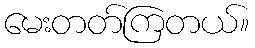
မေးတတ်ကြတယ်။